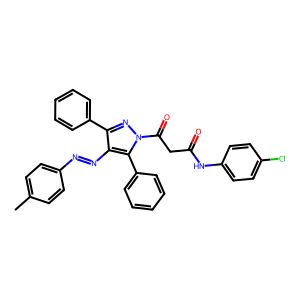
SMILES: Cc1ccc(N=Nc2c(-c3ccccc3)nn(C(=O)CC(=O)Nc3ccc(Cl)cc3)c2-c2ccccc2)cc1
Inhibits HIV replication: No